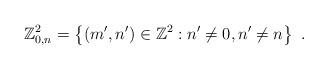
LaTeX: \begin{align*}\mathbb{Z}^2_{0,n} = \left \{ (m',n') \in \mathbb{Z}^2: n' \ne 0, n' \ne n \right \} \ .\end{align*}